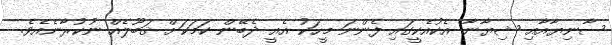
ސާނިޔާއާއި ޝިޔާނާ އެކުއެކީގައި ފެންނަ މީހަކު އެއީ ދެބޭން ކަމަކަށް ޤަބޫލެއް ނުކުރާނެއެވެ.